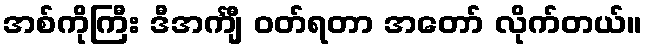
အစ်ကိုကြီး ဒီအင်္ကျီ ဝတ်ရတာ အတော် လိုက်တယ်။